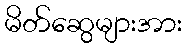
မိတ်ဆွေများအား